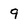
Character: 9